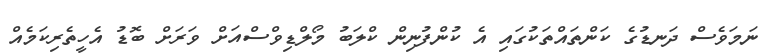
ނަމަވެސް ދަނޑުގެ ކަންތައްތަކުގައި އެ ކުންފުނިން ކްލަބު މޯލްޑިވްސްއަށް ވަރަށް ބޮޑު އެހީތެރިކަމެއް